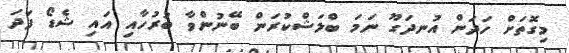
މިގޮތަށް ހަދަން އުނދަގޫ ނަމަ ބްލަޝްކުރަން ބޭނުންވާ ބުރުހާއި އައި ޝެޑޯ ފަދަ